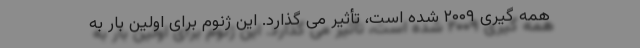
همه گیری ۲۰۰۹ شده است، تأثیر می گذارد. این ژنوم برای اولین بار به